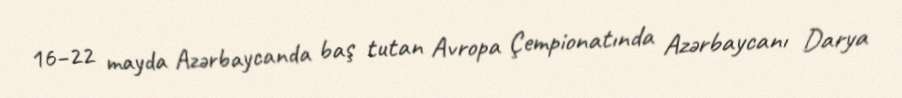
16–22 mayda Azərbaycanda baş tutan Avropa Çempionatında Azərbaycanı Darya